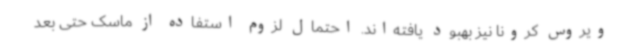
ویروس کرونا نیز بهبود یافته‌اند. احتمال لزوم استفاده از ماسک حتی بعد